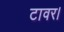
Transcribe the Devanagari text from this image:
टावर।